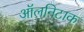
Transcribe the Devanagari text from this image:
ऑलनिटाक